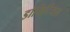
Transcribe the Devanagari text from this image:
डोमिटियस